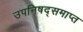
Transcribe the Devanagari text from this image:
उपनिषद्समाप्त